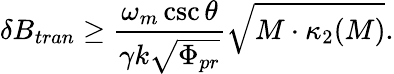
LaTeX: \delta B_{tran}\geq\frac{\omega_{m}\csc\theta}{\gamma k\sqrt{\Phi_{pr}}}\sqrt{M\cdot\kappa_{2}(M)}.